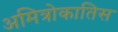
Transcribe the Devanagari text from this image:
अमित्रोकातिस